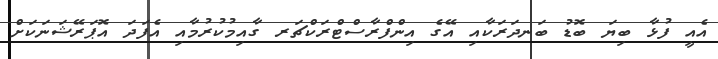
އެއީ ފުޅާ ބިޔަ ބޮޑު ބަނދަރަކާއި އޭގެ އިންފްރާސްޓްރަކްޗަރ ގާއިމުކުރުމާއި އެފަދަ އޮޕަރޭޝަނަކަށް